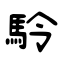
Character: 駖